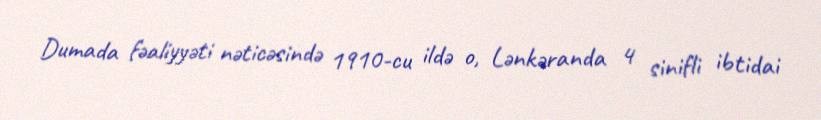
Dumada fəaliyyəti nəticəsində 1910-cu ildə o, Lənkəranda 4 sinifli ibtidai